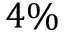
4 \%